Scottish Leaving Certificate Examination, 1956
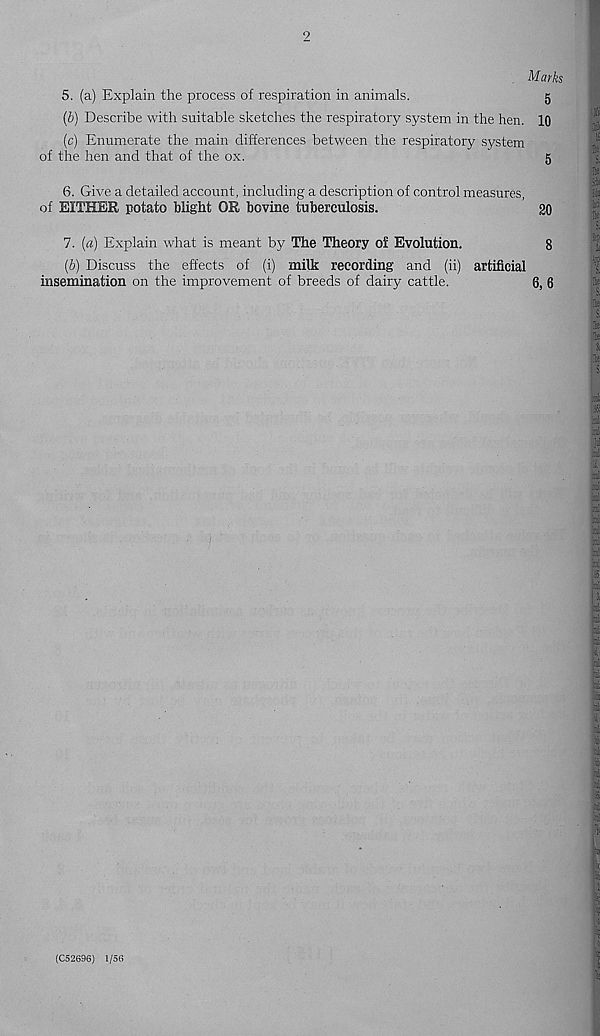
5. (a) Explain the process of respiration in animals.
5
(b) Describe with suitable sketches the respiratory system in the hen. 10
(c) Enumerate the main differences between the respiratory system
of the hen and that of the ox.
g
6. Give a detailed account, including a description of control measures,
of EITHER potato blight OR bovine tuberculosis.
20
7. (a) Explain what is meant by The Theory o£ Evolution.
8
(b) Discuss the effects of (i) milk recording and (ii) artificial
insemination on the improvement of breeds of dairy cattle.
6, 6
(C52696) 1/56